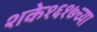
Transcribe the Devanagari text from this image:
शके१६१७च्या